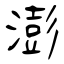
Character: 澎